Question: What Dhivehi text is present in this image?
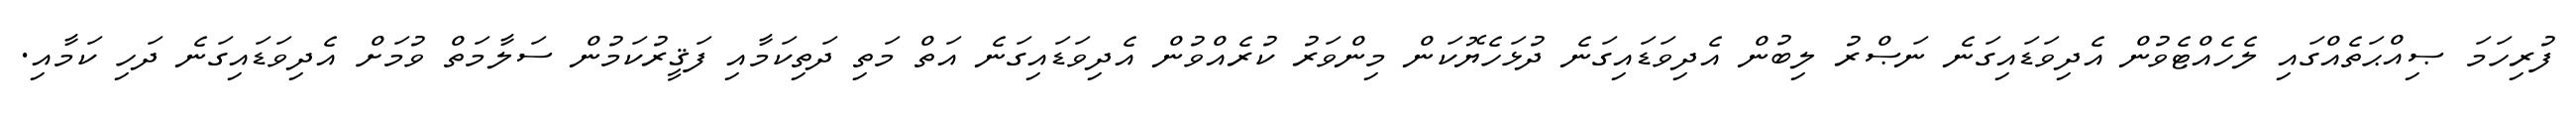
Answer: ފުރިހަމަ ޞިއްޙަތެއްގައި ލެހެއްޓެވުން އެދިވަޑައިގަނެ ނަޞްރު ލިބުން އެދިވަޑައިގަނެ ދުޅަހެޔޮކަން މިންވަރު ކުރެއްވުން އެދިވަޑައިގަނެ އަތް މަތި ދަތިކަމާއި ފަޤީރުކަމުން ސަލާމަތް ވުމަށް އެދިވަޑައިގަނެ ދަހި ކަމާއި.